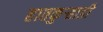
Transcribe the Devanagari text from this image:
हातकुर्‍हाडी